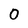
Character: 0